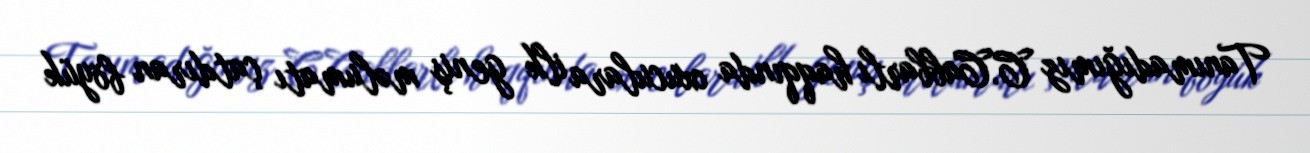
Tanımadığımız C.Cabbarlı haqqında oxuculara ilk geniş məlumatı çatdıran böyük